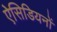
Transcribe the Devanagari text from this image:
ऐसिडियनों